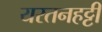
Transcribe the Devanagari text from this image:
यरतनहट्टी